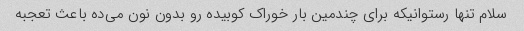
سلام تنها رستوانیکه برای چندمین بار خوراک کوبیده رو بدون نون می‌ده باعث تعجبه